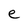
Character: e